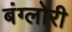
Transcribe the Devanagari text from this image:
बंग्लोरी